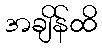
အချိန်ထိ